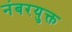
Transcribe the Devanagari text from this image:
नंबरयुक्त